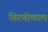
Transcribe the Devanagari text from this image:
गिरणीकाम